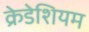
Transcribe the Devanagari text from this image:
क्रेडेशियम